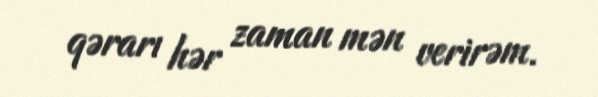
qərarı hər zaman mən verirəm.